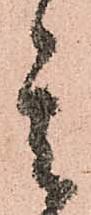
其